Indian journal of veterinary science and animal husbandry - Volumes 18-21, 1948-1951
Year: 1948
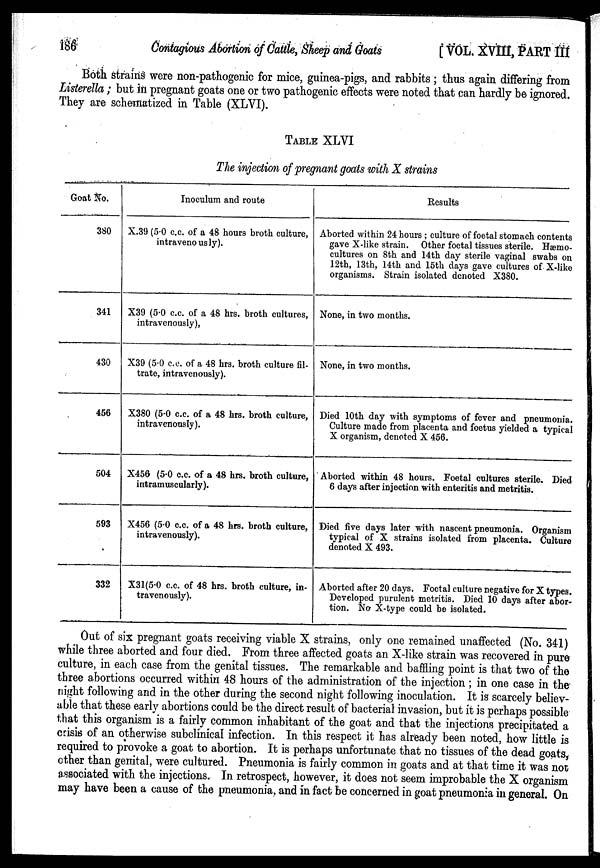
186
Contagious Abortion of Cattle, Sheep and Goats
[VOL. XVIII, PART III
Both strains were non-pathogenic for mice, guinea-pigs, and rabbits ; thus again differing from
Listerella ; but in pregnant goats one or two pathogenic effects were noted that can hardly be ignored.
They are schematized in Table (XLVI).
TABLE XLVI
The injection of pregnant goats with X strains
Goat No.
380
341
430
456
504
593
332
Inoculum and route
X.39 (5.0 c.c. of a 48 hours broth culture,
intravenously).
X39 (5.0 c.c. of a 48 hrs. broth cultures,
intravenously),
X39 (5.0 c.c. of a 48 hrs. broth culture fil-
trate, intravenously).
X380 (5.0 c.c. of a 48 hrs. broth culture,
intravenously).
X456 (5.0 c.c. of a 48 hrs. broth culture,
intramuscularly).
X456 (5.0 c.c. of a 48 hrs. broth culture,
intravenously).
X31(5.0 c.c. of 48 hrs. broth culture, in-
travenously).
Results
Aborted within 24 hours ; culture of foetal stomach contents
gave X-like strain. Other foetal tissues sterile. Hæmo-
cultures on 8th and 14th day sterile vaginal swabs on
12th, 13th, 14th and loth days gave cultures of X-like
organisms. Strain isolated denoted X380.
None, in two months.
None, in two months.
Died 10th day with symptoms of fever and pneumonia.
Culture made from placenta and foetus yielded a typical
X organism, denoted X 456.
Aborted within 48 hours. Foetal cultures sterile. Died
6 days after injection with enteritis and metritis.
Died five days later with nascent pneumonia. Organism
typical of X strains isolated from placenta. Culture
denoted X 493.
Aborted after 20 days. Foetal culture negative for X types.
Developed purulent metritis. Died 10 days after abor-
tion. No X-type could be isolated.
Out of six pregnant goats receiving viable X strains, only one remained unaffected (No. 341)
while three aborted and four died. From three affected goats an X-like strain was recovered in pure
culture, in each case from the genital tissues. The remarkable and baffling point is that two of the
three abortions occurred within 48 hours of the administration of the injection ; in one case in the
night following and in the other during the second night following inoculation. It is scarcely believ-
able that these early abortions could be the direct result of bacterial invasion, but it is perhaps possible
that this organism is a fairly common inhabitant of the goat and that the injections precipitated a
crisis of an otherwise subclinical infection. In this respect it has already been noted, how little is
required to provoke a goat to abortion. It is perhaps unfortunate that no tissues of the dead goats,
other than genital, were cultured. Pneumonia is fairly common in goats and at that time it was not
associated with the injections. In retrospect, however, it does not seem improbable the X organism
may have been a cause of the pneumonia, and in fact be concerned in goat pneumonia in general. On